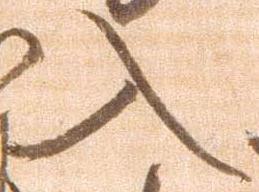
入